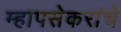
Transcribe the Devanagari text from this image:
म्हापसेकरांचे